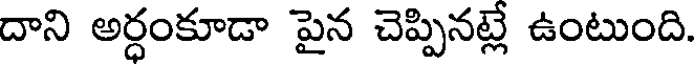
దాని అర్ధంకూడా పైన చెప్పినట్లే ఉంటుంది.